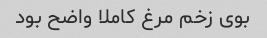
بوی زخم مرغ کاملا واضح بود